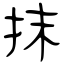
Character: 抹